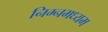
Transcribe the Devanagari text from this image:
निम्नमध्यम